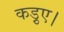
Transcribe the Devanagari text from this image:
कड़ुए।